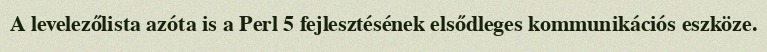
A levelezőlista azóta is a Perl 5 fejlesztésének elsődleges kommunikációs eszköze.